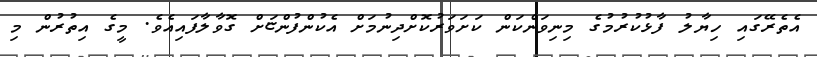
އެތެރޭގައި ހިޔާލު ފާޅުކުރުމުގެ މިނިވަންކަން ކަށަވަރުކޮށްދިނުމަށް އެކުންފުންޏަށް ގޮވާލާފައިއެވެ. މީގެ އިތުރުން މި